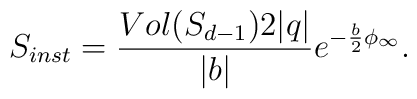
S_{inst}={Vol(S_{d-1}) 2 |q|\over |b|}e^{-{\frac{b}{2}}\phi _{\infty }}.